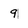
Character: 9